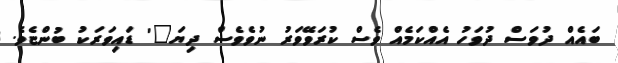
ބައެއް ދުވަސް ދުވަހު އެއްކަމެއް ވެސް ކުރަވޭވަރު ނުވެވެސް ދިޔަ"' ޑައިވަރަކު ބުންޏެވެ.